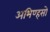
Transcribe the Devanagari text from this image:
अभिण्हसो